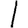
Digit: 1